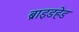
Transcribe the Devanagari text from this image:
ब्राइडहेड